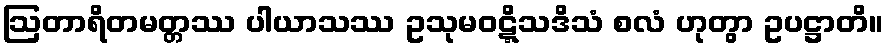
ဩတာရိတမတ္တဿ ပါယာသဿ ဥသုမဝဋ္ဋိသဒိသံ စလံ ဟုတွာ ဥပဋ္ဌာတိ။